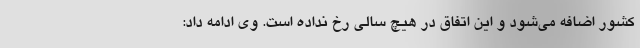
کشور اضافه می‌شود و این اتفاق در هیچ سالی رخ نداده است. وی ادامه داد: